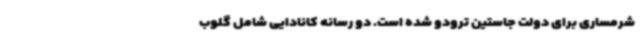
شرمساری برای دولت جاستین ترودو شده است. دو رسانه کانادایی شامل گلوب